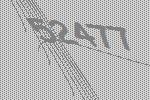
52477